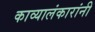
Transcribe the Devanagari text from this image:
काव्यालंकारांनी